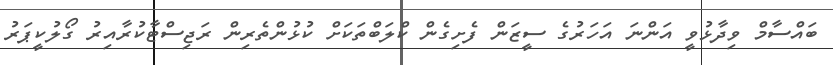
ބައްސާމް ވިދާޅުވީ އަންނަ އަހަރުގެ ސީޒަން ފެށިގެން ކްލަބްތަކަށް ކުޅުންތެރިން ރަޖިސްޓާކުރާއިރު ގޯލުކީޕަރު